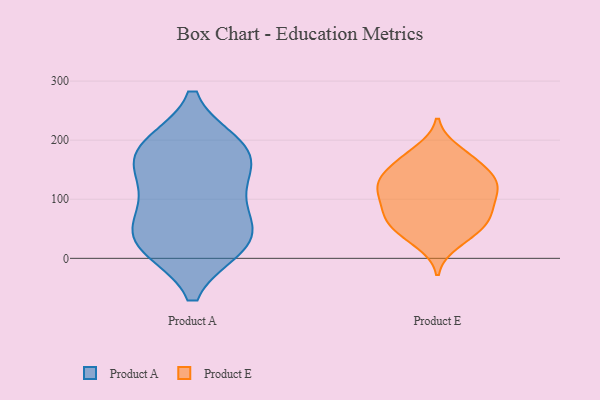
{"axis": {"x": "Satisfaction Score", "y": "Value"}, "legend": ["Product A", "Product E"], "data": [{"x": "", "y": 169, "type": "Product A"}, {"x": "", "y": 132, "type": "Product A"}, {"x": "", "y": 190, "type": "Product A"}, {"x": "", "y": 45, "type": "Product A"}, {"x": "", "y": 69, "type": "Product A"}, {"x": "", "y": 184, "type": "Product A"}, {"x": "", "y": 23, "type": "Product A"}, {"x": "", "y": 104, "type": "Product A"}, {"x": "", "y": 21, "type": "Product A"}, {"x": "", "y": 23, "type": "Product A"}, {"x": "", "y": 181, "type": "Product A"}, {"x": "", "y": 57, "type": "Product E"}, {"x": "", "y": 45, "type": "Product E"}, {"x": "", "y": 172, "type": "Product E"}, {"x": "", "y": 43, "type": "Product E"}, {"x": "", "y": 151, "type": "Product E"}, {"x": "", "y": 182, "type": "Product E"}, {"x": "", "y": 119, "type": "Product E"}, {"x": "", "y": 88, "type": "Product E"}, {"x": "", "y": 129, "type": "Product E"}, {"x": "", "y": 99, "type": "Product E"}, {"x": "", "y": 163, "type": "Product E"}, {"x": "", "y": 118, "type": "Product E"}, {"x": "", "y": 117, "type": "Product E"}, {"x": "", "y": 72, "type": "Product E"}, {"x": "", "y": 26, "type": "Product E"}, {"x": "", "y": 76, "type": "Product E"}, {"x": "", "y": 128, "type": "Product E"}, {"x": "", "y": 141, "type": "Product E"}, {"x": "", "y": 70, "type": "Product E"}]}